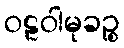
ဝဠဝါမုခဉ္စ